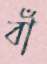
বাঁ